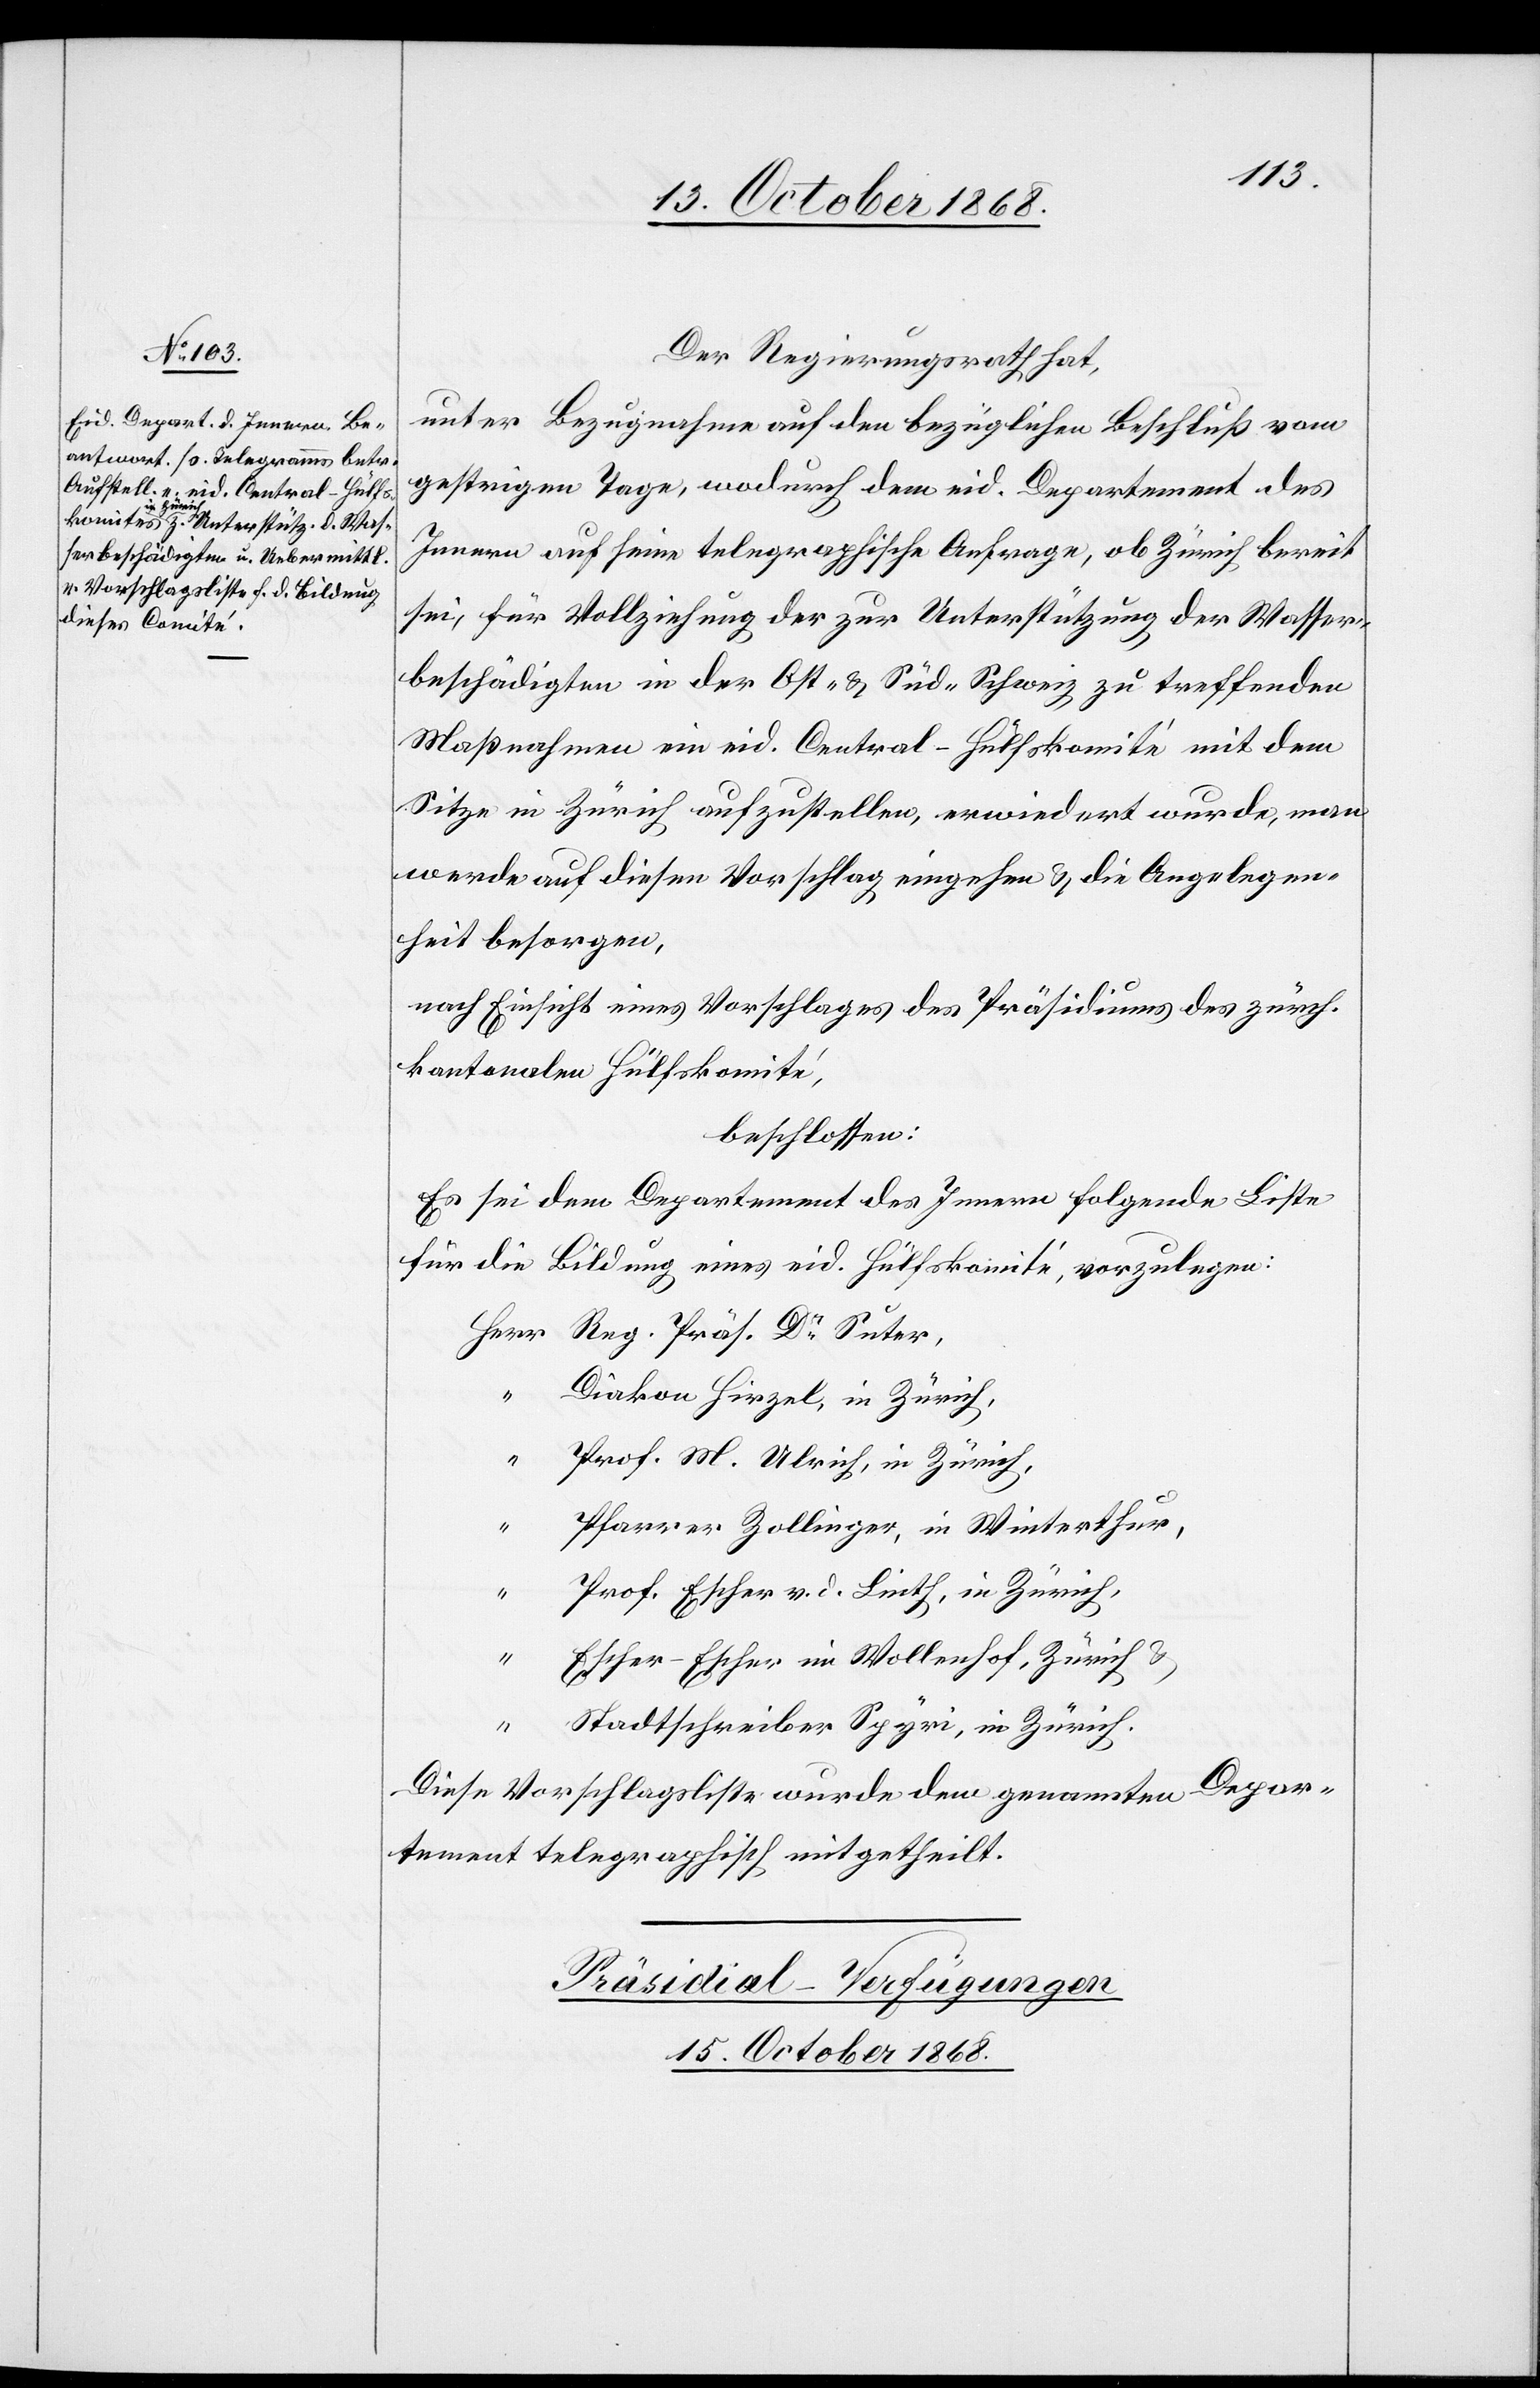
Der Regierungsrath hat,
unter Bezugnahme auf den bezüglichen Beschluß vom
gestrigen Tage, wodurch dem eid. Departement des
Innern auf seine telegraphische Anfrage, ob Zürich bereit
sei, für Vollziehung der zur Unterstützung der Wasser¬
beschädigten in der Ost- & Süd-Schweiz zu treffenden
Maßnahmen ein eid. Central-Hülfskomité mit dem
Sitze in Zürich aufzustellen, erwiedert wurde, man
werde auf diesen Vorschlag eingehen & die Angelegen¬
heit besorgen,
nach Einsicht eines Vorschlages des Präsidiums des zürch.
kantonalen Hülfskomité,
beschlossen:
Es sei dem Departement des Innern folgende Liste
für die Bildung eines eid. Hülfskomité, vorzulegen:
Diakon Hirzel, in Zürich,
Prof. M. Ulrich, in Zürich,
Pfarrer Zollinger, in Winterthur,
Prof. Escher v. d. Linth, in Zürich,
“
Escher-Escher im Wollenhof, Zürich &
Stadtschreiber Spyri, in Zürich.
Diese Vorschlagsliste wurde dem genannten Depar¬
tement telegraphisch mitgetheilt.
Präsidial-Verfügungen
15. October 1868.